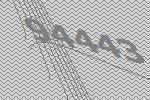
94443